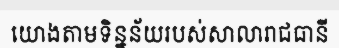
យោងតាមទិន្នន័យរបស់សាលារាជធានី